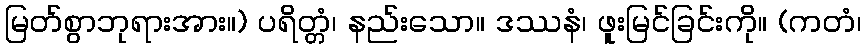
မြတ်စွာဘုရားအား။) ပရိတ္တံ၊ နည်းသော။ ဒဿနံ၊ ဖူးမြင်ခြင်းကို။ (ကတံ၊